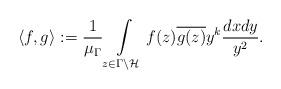
LaTeX: \begin{align*}\langle f,g \rangle_{} := \frac{1}{\mu_{\Gamma}} \int\limits_{z \in \Gamma \setminus \mathcal{H}} f(z) \overline{g(z)}y^k \frac{dx dy}{y^2}.\end{align*}